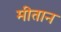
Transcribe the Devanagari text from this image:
मीतान